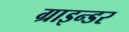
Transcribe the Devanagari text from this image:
ग्राइन्डर